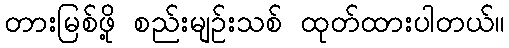
တားမြစ်ဖို့ စည်းမျဉ်းသစ် ထုတ်ထားပါတယ်။